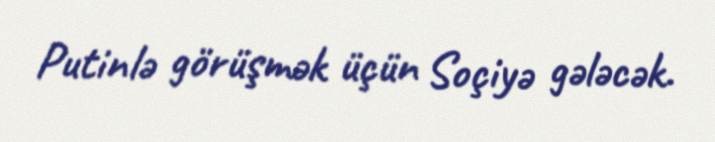
Putinlə görüşmək üçün Soçiyə gələcək.